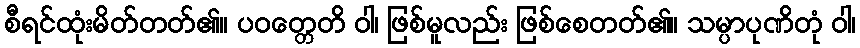
စီရင်ထုံးမိတ်တတ်၏။ ပဝတ္တေတိ ဝါ၊ ဖြစ်မူလည်း ဖြစ်စေတတ်၏။ သမ္ပာပုဏိတုံ ဝါ၊